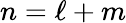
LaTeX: n=\ell+m